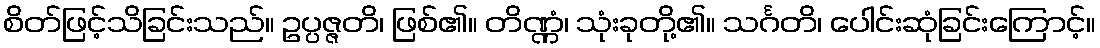
စိတ်ဖြင့်သိခြင်းသည်။ ဥပ္ပဇ္ဇတိ၊ ဖြစ်၏။ တိဏ္ဏံ၊ သုံးခုတို့၏။ သင်္ဂတိ၊ ပေါင်းဆုံခြင်းကြောင့်။